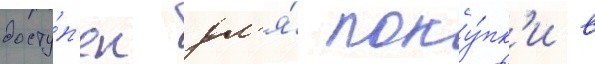
досту́п'ен дл'я́ поку́пк'и в